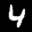
Label: 4